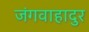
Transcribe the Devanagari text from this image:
जंगवाहादुर